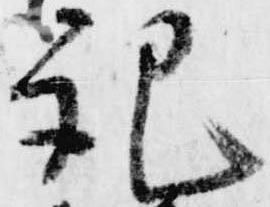
記